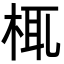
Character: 㭯